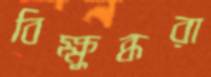
বিক্ষুব্ধরা